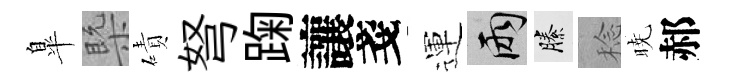
臯槩磧弩踘讓戔運兩縢稔暁郝